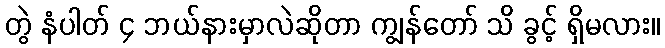
တွဲ နံပါတ် ၄ ဘယ်နားမှာလဲဆိုတာ ကျွန်တော် သိ ခွင့် ရှိမလား။